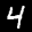
Label: 4